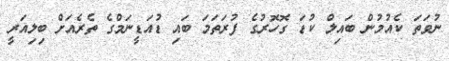
ނުވަތަ ކެއުމުން ބައިލް ކުޑަ ގޮހޮރުގެ ފުރަތަމަ ބައި ޑުއަޑީނަމްގެ ތެރެއަށް ބިލިއަރީ